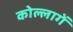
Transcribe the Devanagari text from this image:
कोल्लागें